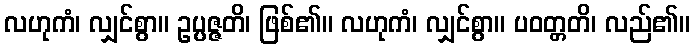
လဟုကံ၊ လျှင်စွာ။ ဥပ္ပဇ္ဇတိ၊ ဖြစ်၏။ လဟုကံ၊ လျှင်စွာ။ ပဝတ္တတိ၊ လည်၏။